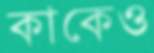
কাকেও